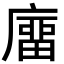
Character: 𢊺